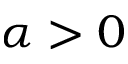
\alpha > 0